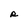
Character: R